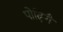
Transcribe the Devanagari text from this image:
पोढ़िगै